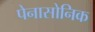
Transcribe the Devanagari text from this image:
पेनासोनिक